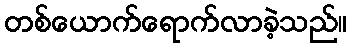
တစ်ယောက်ရောက်လာခဲ့သည်။